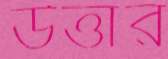
উত্তার